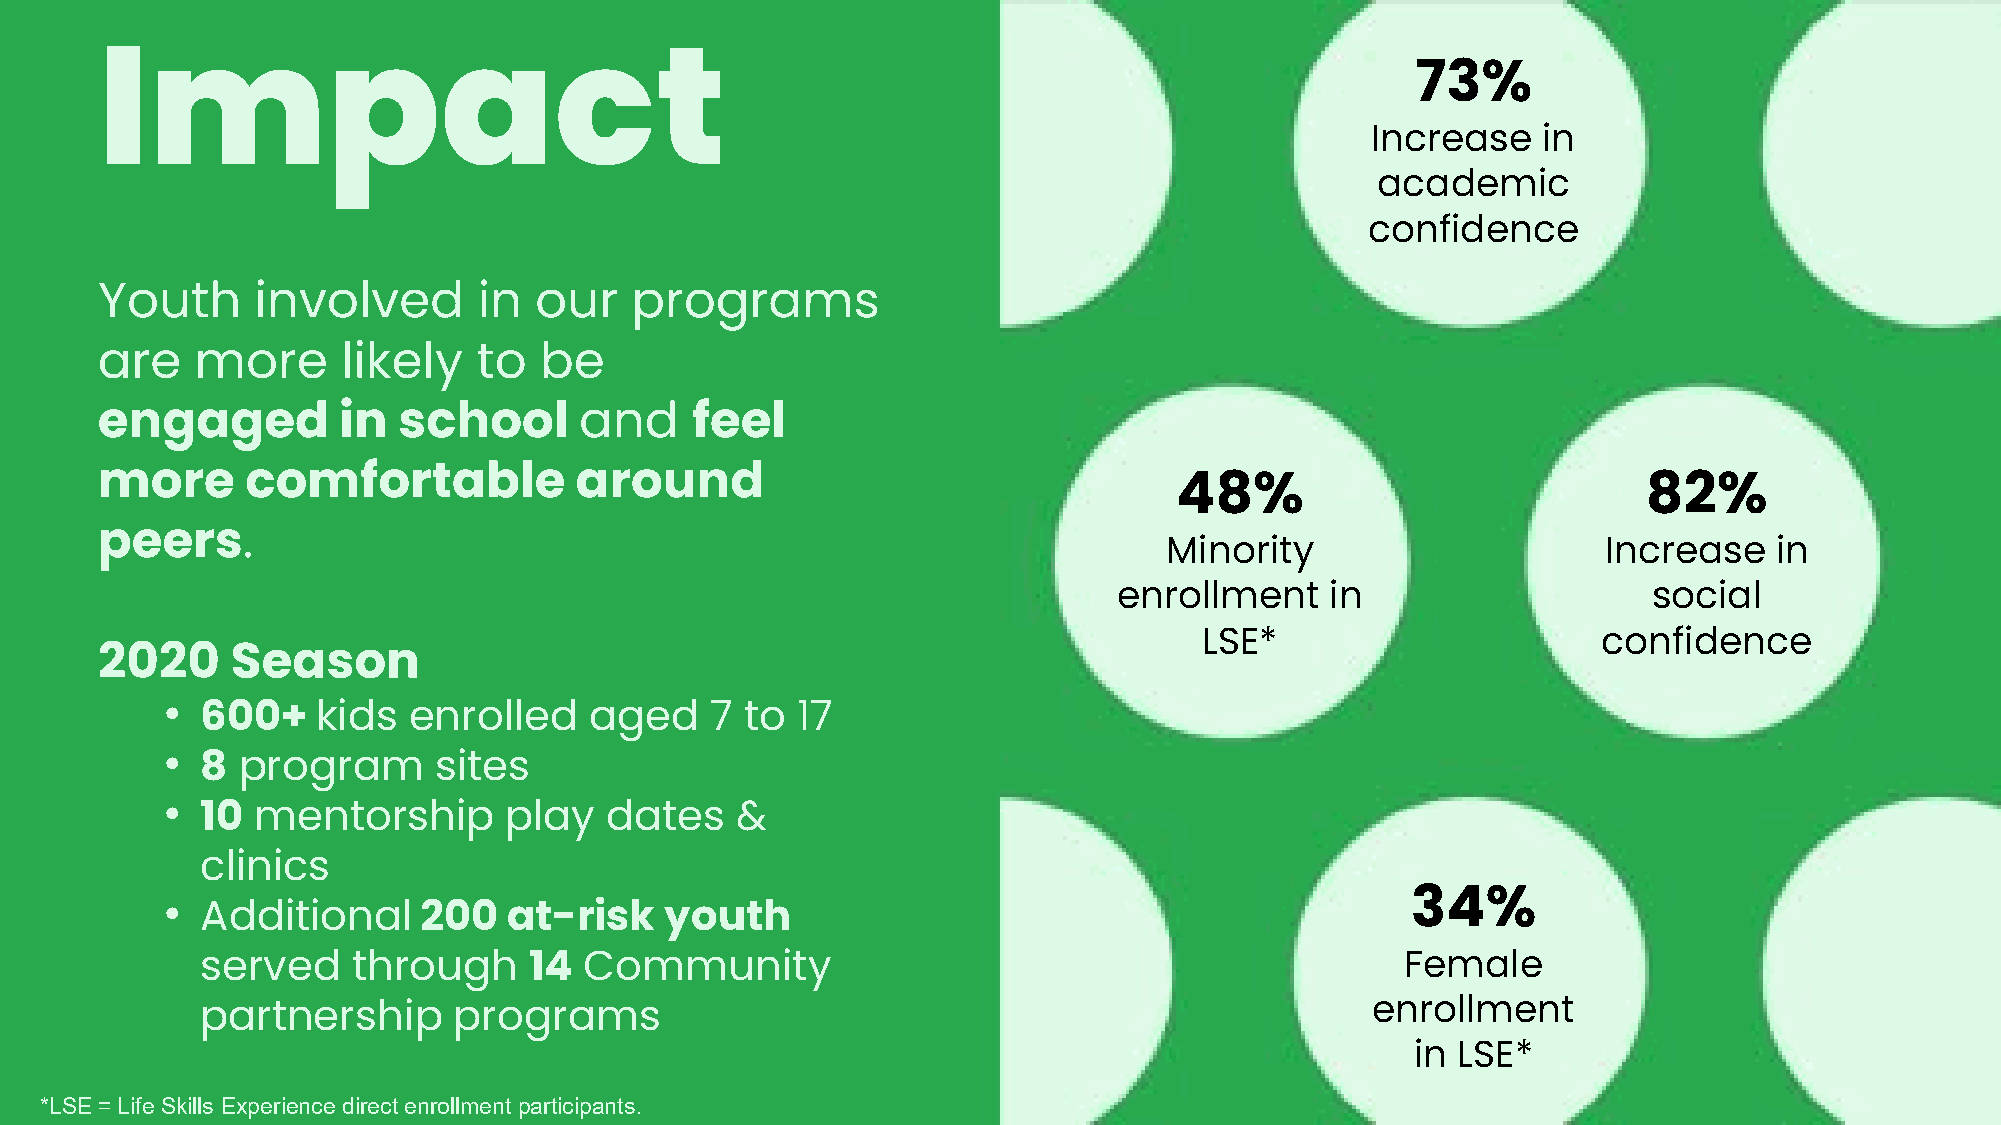
Impact
 73%
 Increase   in
 academic
 confidence
 Youth      involved       in our    programs
 are    more      likely   to  be
 engaged         in  school      and     feel
 more      comfortable           around
 48%                            82%
 peers.
 Minority                     Increase   in
 enrollment    in                   social
 LSE*                      confidence
 2020     Season
 •
 600+    kids  enrolled    aged    7 to  17
 •
 8  program      sites
 •
 10  mentorship      play   dates    &
 clinics
 •                                                                                 34%
 Additional     200   at-risk   youth
 served    through     14  Community                                             Female
 partnership      programs                                                     enrollment
 in LSE*
 *LSE = Life Skills Experience direct enrollment participants.